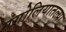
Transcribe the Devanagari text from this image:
मंगोलियातल्या